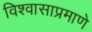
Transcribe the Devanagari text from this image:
विश्वासाप्रमाणे